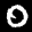
Label: 0